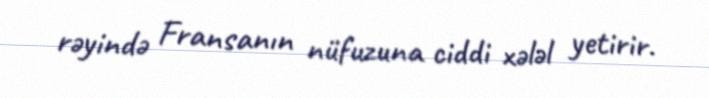
rəyində Fransanın nüfuzuna ciddi xələl yetirir.